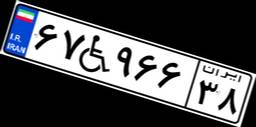
۶۷W۹۶۶۳۸